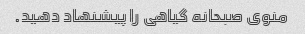
منوی صبحانه گیاهی را پیشنهاد دهید.